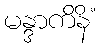
မန္ဒာကိနိံ